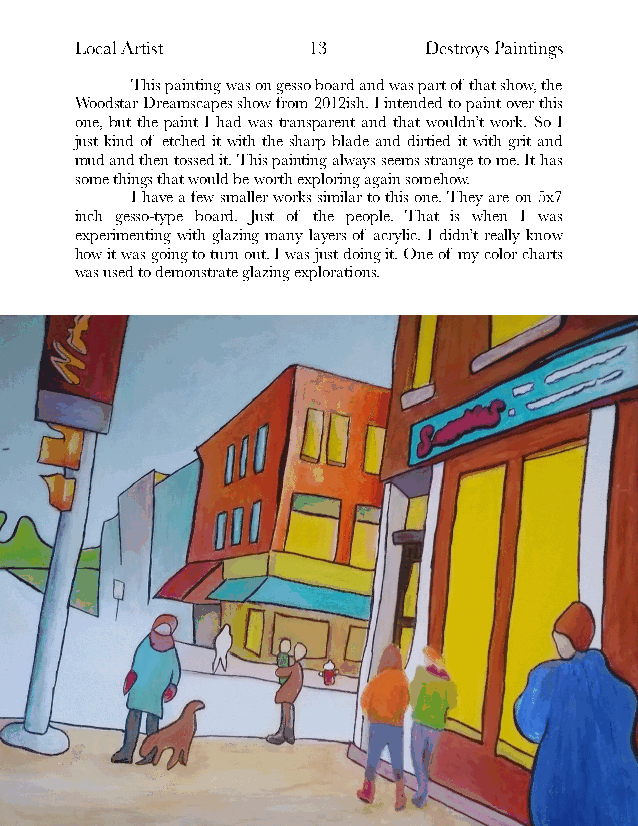
Local Artist   !13     Destroys Paintings
 This painting was on gesso board and was part of that show, the
 Woodstar Dreamscapes show from 2012ish. I intended to paint over this
 one, but the paint I had was transparent and that wouldn’t work. So I
 just kind of etched it with the sharp blade and dirtied it with grit and
 mud and then tossed it. This painting always seems strange to me. It has
 some things that would be worth exploring again somehow.
 I have a few smaller works similar to this one. They are on 5x7
 inch gesso-type board. Just of the people. That is when I was
 experimenting with glazing many layers of acrylic. I didn’t really know
 how it was going to turn out. I was just doing it. One of my color charts
 was used to demonstrate glazing explorations.